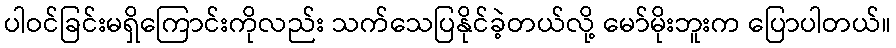
ပါဝင်ခြင်းမရှိကြောင်းကိုလည်း သက်သေပြနိုင်ခဲ့တယ်လို့ မော်မိုးဘူးက ပြောပါတယ်။